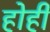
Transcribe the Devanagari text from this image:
होही